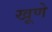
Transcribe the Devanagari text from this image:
खूणे